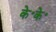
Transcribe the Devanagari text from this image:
के॰के॰